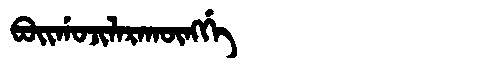
Manchu: ᠪᠣᡳᡤᠣᠵᡳᠯᠠᡵᠠᡴᡡᠩᡤᡝ
Romanization: BOIGOJILARAKŪNGGE